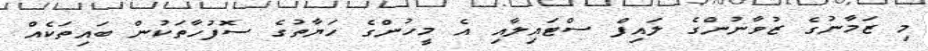
މި ޒަމާނުގެ ޒުވާނުންގެ ލައިފް ސްޓައިލާއި އެ މީހުންގެ ހަޔާތުގެ ސޮފުހާތަކުން ބައިތަކެއް